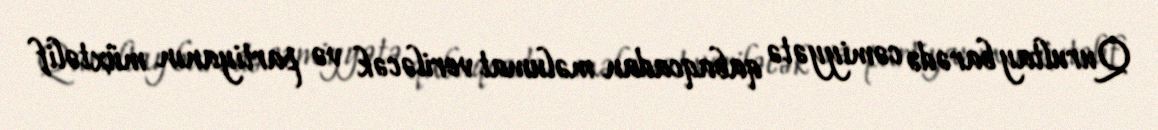
Qurultay barədə cəmiyyətə qabaqcadan məlumat veriləcək və partiyanın müxtəlif